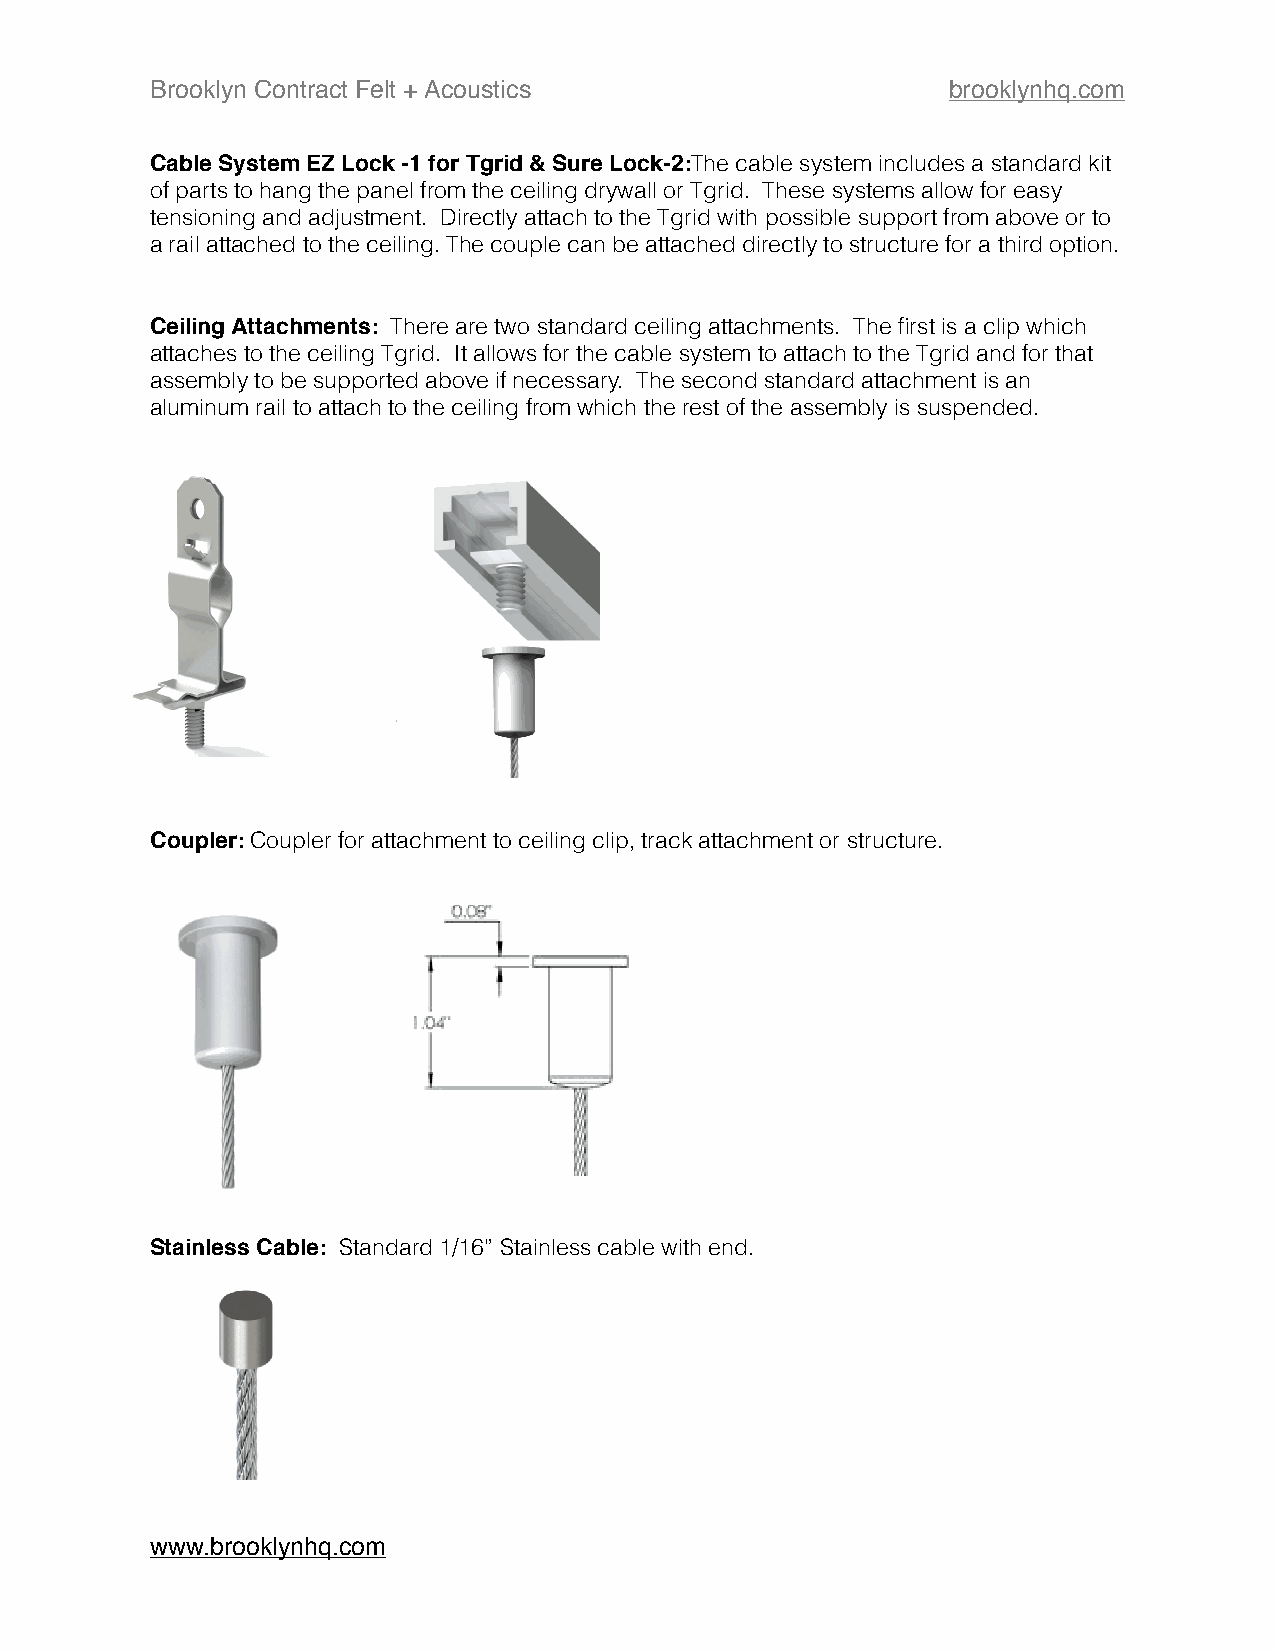
Brooklyn Contract Felt + Acoustics                   brooklynhq.com
 Cable System EZ Lock -1 for Tgrid & Sure Lock-2:The cable system includes a standard kit
 of parts to hang the panel from the ceiling drywall or Tgrid. These systems allow for easy
 tensioning and adjustment. Directly attach to the Tgrid with possible support from above or to
 a rail attached to the ceiling. The couple can be attached directly to structure for a third option.
 Ceiling Attachments: There are two standard ceiling attachments. The first is a clip which
 attaches to the ceiling Tgrid. It allows for the cable system to attach to the Tgrid and for that
 assembly to be supported above if necessary. The second standard attachment is an
 aluminum rail to attach to the ceiling from which the rest of the assembly is suspended.
 Coupler: Coupler for attachment to ceiling clip, track attachment or structure.
 Stainless Cable: Standard 1/16” Stainless cable with end.
 www.brooklynhq.com